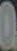
.